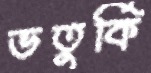
ভতুর্কি